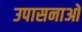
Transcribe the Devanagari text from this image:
उपासनाओ